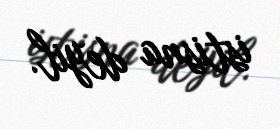
istisna deyil.